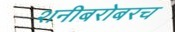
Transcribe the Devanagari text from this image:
शनीबरोबरच